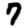
Digit: 7